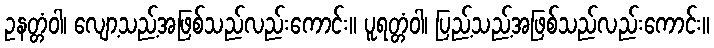
ဥနတ္တံဝါ၊ လျော့သည့်အဖြစ်သည်လည်းကောင်း။ ပူရတ္တံဝါ၊ ပြည့်သည့်အဖြစ်သည်လည်းကောင်း။